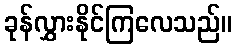
ခုန်လွှားနိုင်ကြလေသည်။